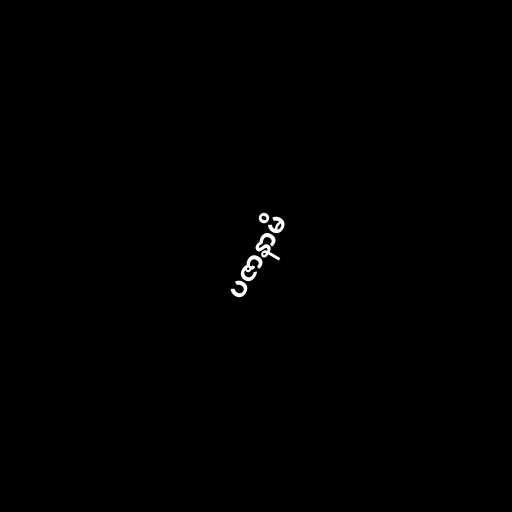
ပဇာနာမိ